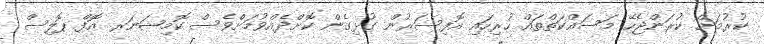
ކުރުމަށް ކުރަންޖެހޭ މަސައްކަތްތައް ހުރިހައި އޮފިސަރުން ގުޅިގެން ކޮށްދެއްވުމަށްވެސް ކޮމިޝަނަރ އޮފް ޕޮލިސް